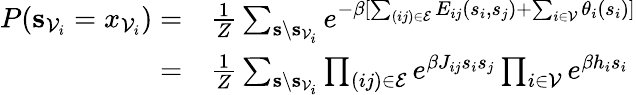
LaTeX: \begin{array}{rl}{P(\mathbf{s}_{\mathcal{V}_{i}}=x_{\mathcal{V}_{i}})=}&{\frac{1}{Z}\sum_{\mathbf{s}\backslash\mathbf{s}_{\mathcal{V}_{i}}}e^{-\beta[\sum_{(ij)\in\mathcal{E}}E_{ij}(s_{i},s_{j})+\sum_{i\in\mathcal{V}}\theta_{i}(s_{i})]}}\\ {=}&{\frac{1}{Z}\sum_{\mathbf{s}\backslash\mathbf{s}_{\mathcal{V}_{i}}}\prod_{(ij)\in\mathcal{E}}e^{\beta J_{ij}s_{i}s_{j}}\prod_{i\in\mathcal{V}}e^{\beta h_{i}s_{i}}}\end{array}